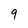
Character: 9